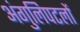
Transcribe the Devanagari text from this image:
अंगुलिपटलों